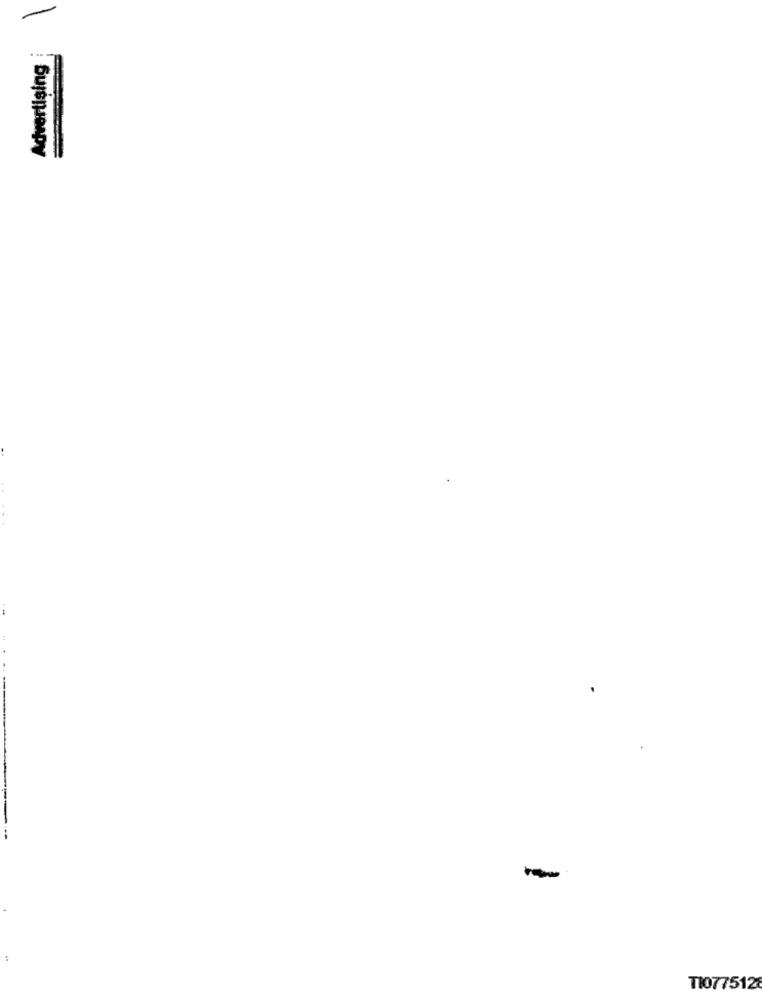
Advertising
TI077512